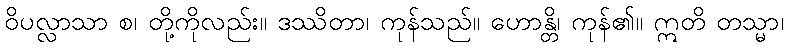
ဝိပလ္လာသာ စ၊ တို့ကိုလည်း။ ဒဿိတာ၊ ကုန်သည်။ ဟောန္တိ၊ ကုန်၏။ ဣတိ တသ္မာ၊